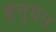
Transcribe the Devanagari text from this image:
हनुमन